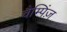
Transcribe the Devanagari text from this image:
चैम्पिंज़